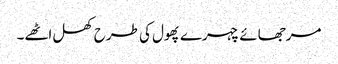
مرجھائے چہرے پھول کی طرح کھل اٹھے۔